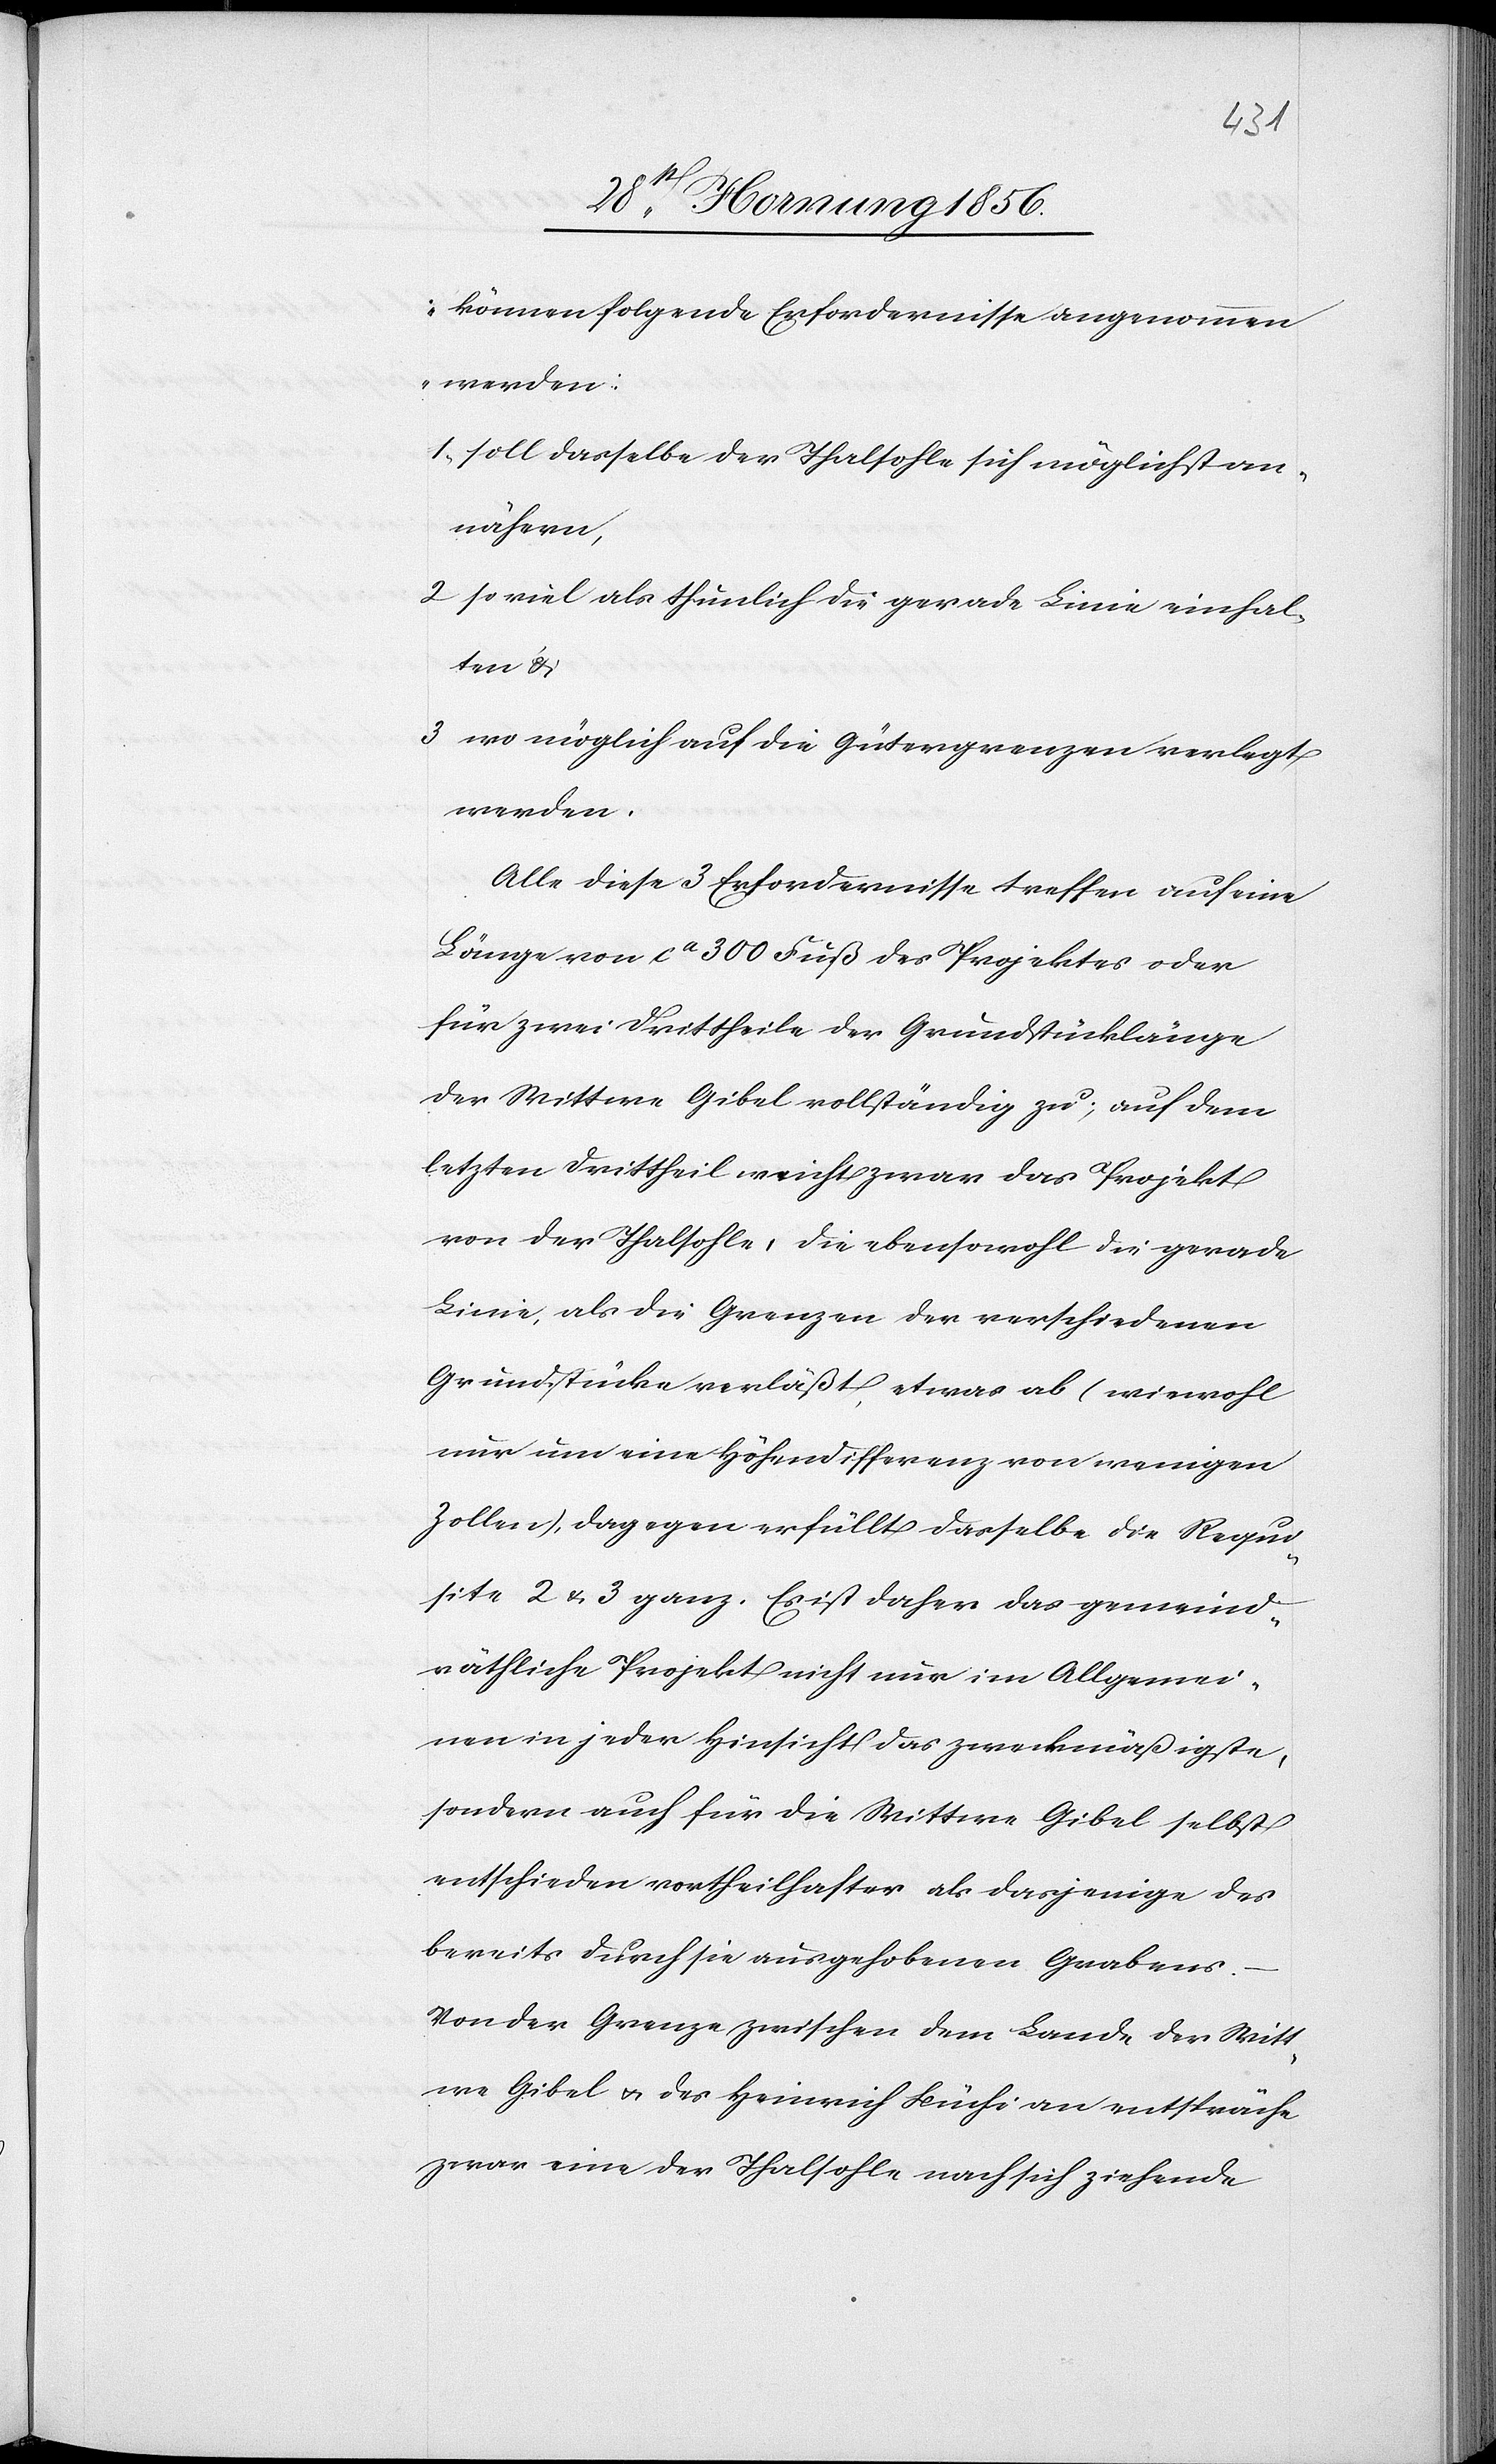
können folgende Erfordernisse angenommen
werden:
1., soll dasselbe der Thalsohle sich möglichst an¬
nähern,
so viel als thunlich die gerade Linie einhal¬
ten &
3[.,] wo möglich auf die Gütergrenzen verlegt
werden.
Alle diese 3 Erfordernisse treffen auf eine
Länge von ca 300 Fuß des Projektes oder
für zwei Drittheile der Grundstücklänge
der Wittwe Gibel vollständig zu; auf dem
letzten Drittheil weicht zwar das Projekt
von der Thalsohle, die ebensowohl die gerade
Linie, als die Grenzen der verschiedenen
Grundstücke verläßt, etwas ab (wiewohl
nur um eine Höhendifferenz von wenigen
Zollen), dagegen erfüllt dasselbe die Requi¬
site 2 u. 3 ganz. Es ist daher das gemeind¬
räthliche Projekt nicht nur im Allgemei¬
nen in jeder Hinsicht das zweckmäßigste,
sondern auch für die Wittwe Gibel selbst
entschieden vortheilhafter als dasjenige des
bereits durch sie ausgehobenen Grabens.
Von der Grenze zwischen dem Lande der Witt¬
we Gibel u. des Heinrich Büchi an entspräche
zwar eine der Thalsohle nach sich ziehende